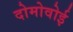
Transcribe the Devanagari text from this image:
दोमोवोई